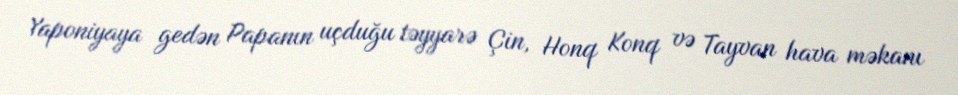
Yaponiyaya gedən Papanın uçduğu təyyarə Çin, Honq Konq və Tayvan hava məkanı